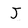
Character: J